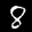
Label: 8